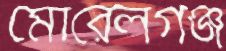
মোরেলগঞ্জ